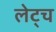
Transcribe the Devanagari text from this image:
लेट्च